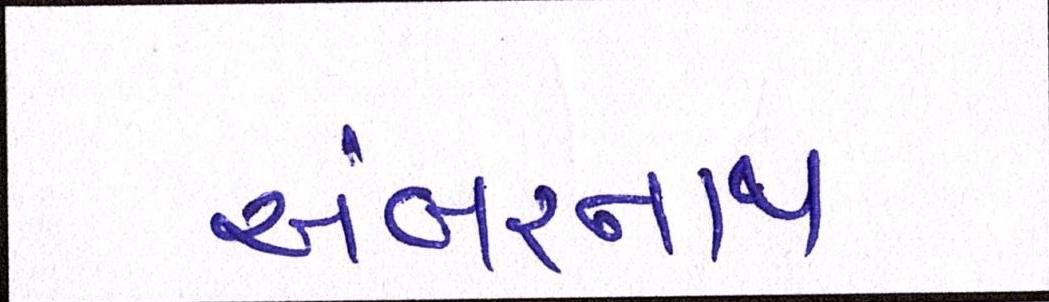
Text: અંબરનાથ